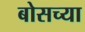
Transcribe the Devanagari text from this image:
बोसच्या